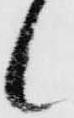
候